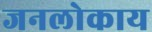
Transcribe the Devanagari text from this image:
जनलोकाय